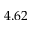
4 . 6 2